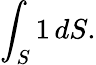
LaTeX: \int_{S}1\, dS.